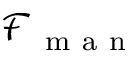
\mathcal { F } _ { \mathrm { ~ m ~ a ~ n ~ } }